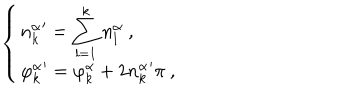
\left\{ \left\{ \begin{cases} { { \displaystyle { n _ { k } ^ { \alpha } } ^ { \prime } = \sum _ { l = 1 } ^ { k } n _ { l } ^ { \alpha } \ , } } \\ { { \displaystyle { \varphi _ { k } ^ { \alpha } } ^ { \prime } = \varphi _ { k } ^ { \alpha } + 2 { n _ { k } ^ { \alpha } } ^ { \prime } \pi \ , } } \\ \end{cases} \right. \right.